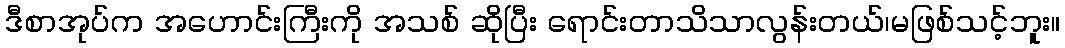
ဒီစာအုပ်က အဟောင်းကြီးကို အသစ် ဆိုပြီး ရောင်းတာသိသာလွန်းတယ်၊မဖြစ်သင့်ဘူး။